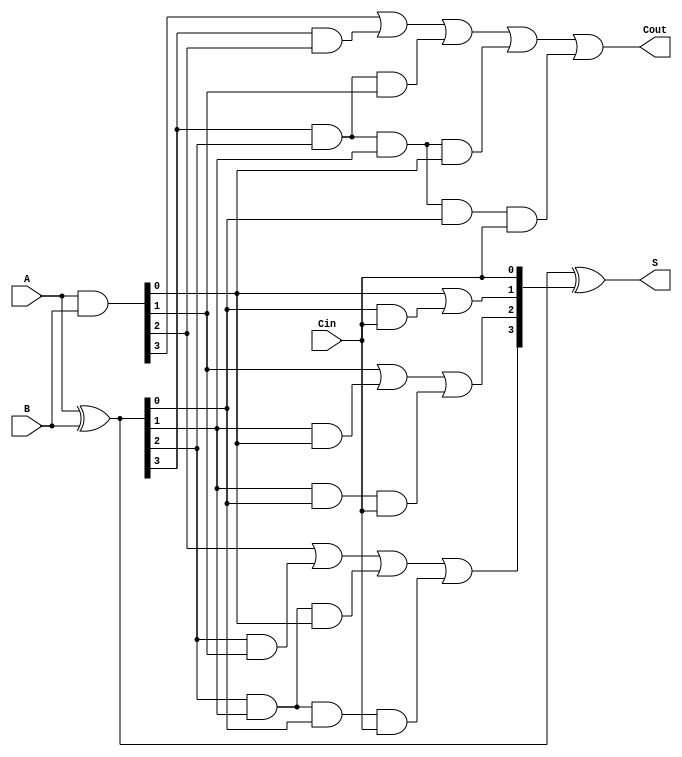
module CLA_4bit (
    input [3:0] A, 
    input [3:0] B,
    input Cin,
    output [3:0] S,
    output Cout
);
    wire [3:0] G;  // Generate signals
    wire [3:0] P;  // Propagate signals
    wire [4:0] C;  // Carry signals (C[0] = Cin)

    // Generate and Propagate calculations
    assign G = A & B;         // G_i = A_i & B_i
    assign P = A ^ B;         // P_i = A_i ^ B_i

    // Carry calculations
    assign C[0] = Cin;
    assign C[1] = G[0] | (P[0] & C[0]); // C_1
    assign C[2] = G[1] | (P[1] & G[0]) | (P[1] & P[0] & C[0]); // C_2
    assign C[3] = G[2] | (P[2] & G[1]) | (P[2] & P[1] & G[0]) | (P[2] & P[1] & P[0] & C[0]); // C_3
    assign C[4] = G[3] | (P[3] & G[2]) | (P[3] & P[2] & G[1]) | (P[3] & P[2] & P[1] & G[0]) | (P[3] & P[2] & P[1] & P[0] & C[0]); // C_4

    // Sum output calculation
    assign S = P ^ C[3:0]; // S_i = P_i ^ C_i
    assign Cout = C[4];    // Carry out

endmodule